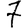
Digit: 7